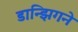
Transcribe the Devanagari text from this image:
डान्झिगने